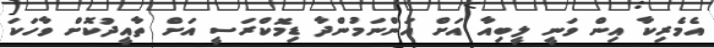
އެމެރިކާ އިން ވަނީ ލީބިއާ އަށް އަންނަމުންދާ ޑިމޮކްރަސީ އަށް ތާއީދުކޮށް ވާހަކަ